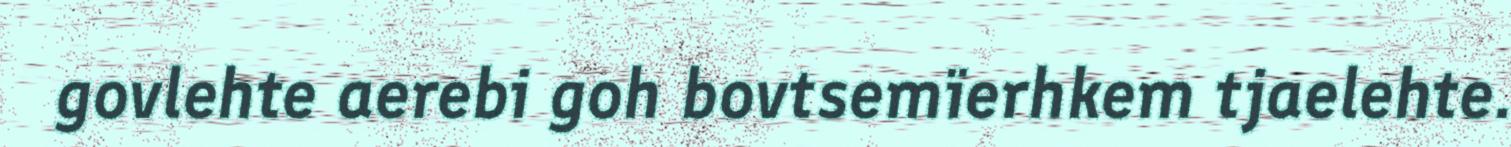
govlehte aerebi goh bovtsemïerhkem tjaelehte.